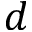
d